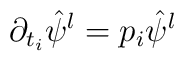
\partial_{t_i} \hat{\psi}^l = p_i \hat{\psi}^l